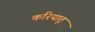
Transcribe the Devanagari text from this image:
करियातू